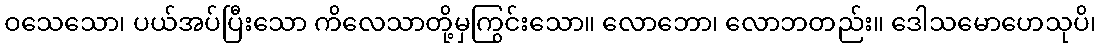
ဝသေသော၊ ပယ်အပ်ပြီးသော ကိလေသာတို့မှကြွင်းသော။ လောဘော၊ လောဘတည်း။ ဒေါသမောဟေသုပိ၊